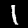
Label: 1